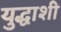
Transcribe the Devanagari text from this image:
युद्धाशी